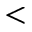
<